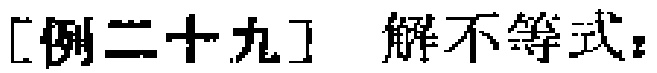
[例二十九] 解不等式：